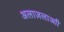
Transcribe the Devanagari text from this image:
अलाज़लाआी